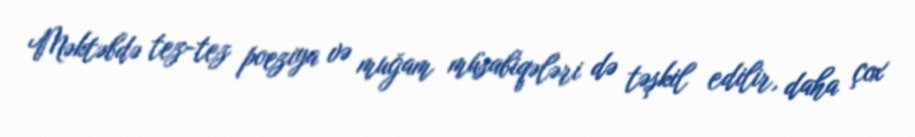
Məktəbdə tez-tez poeziya və muğam müsabiqələri də təşkil edilir, daha çox